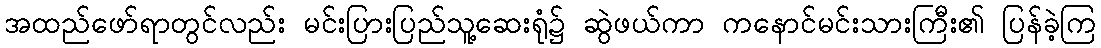
အထည်ဖော်ရာတွင်လည်း မင်းပြားပြည်သူ့ဆေးရုံ၌ ဆွဲဖယ်ကာ ကနောင်မင်းသားကြီး၏ ပြန်ခဲ့ကြ